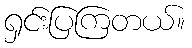
ရှင်းပြကြတယ်။